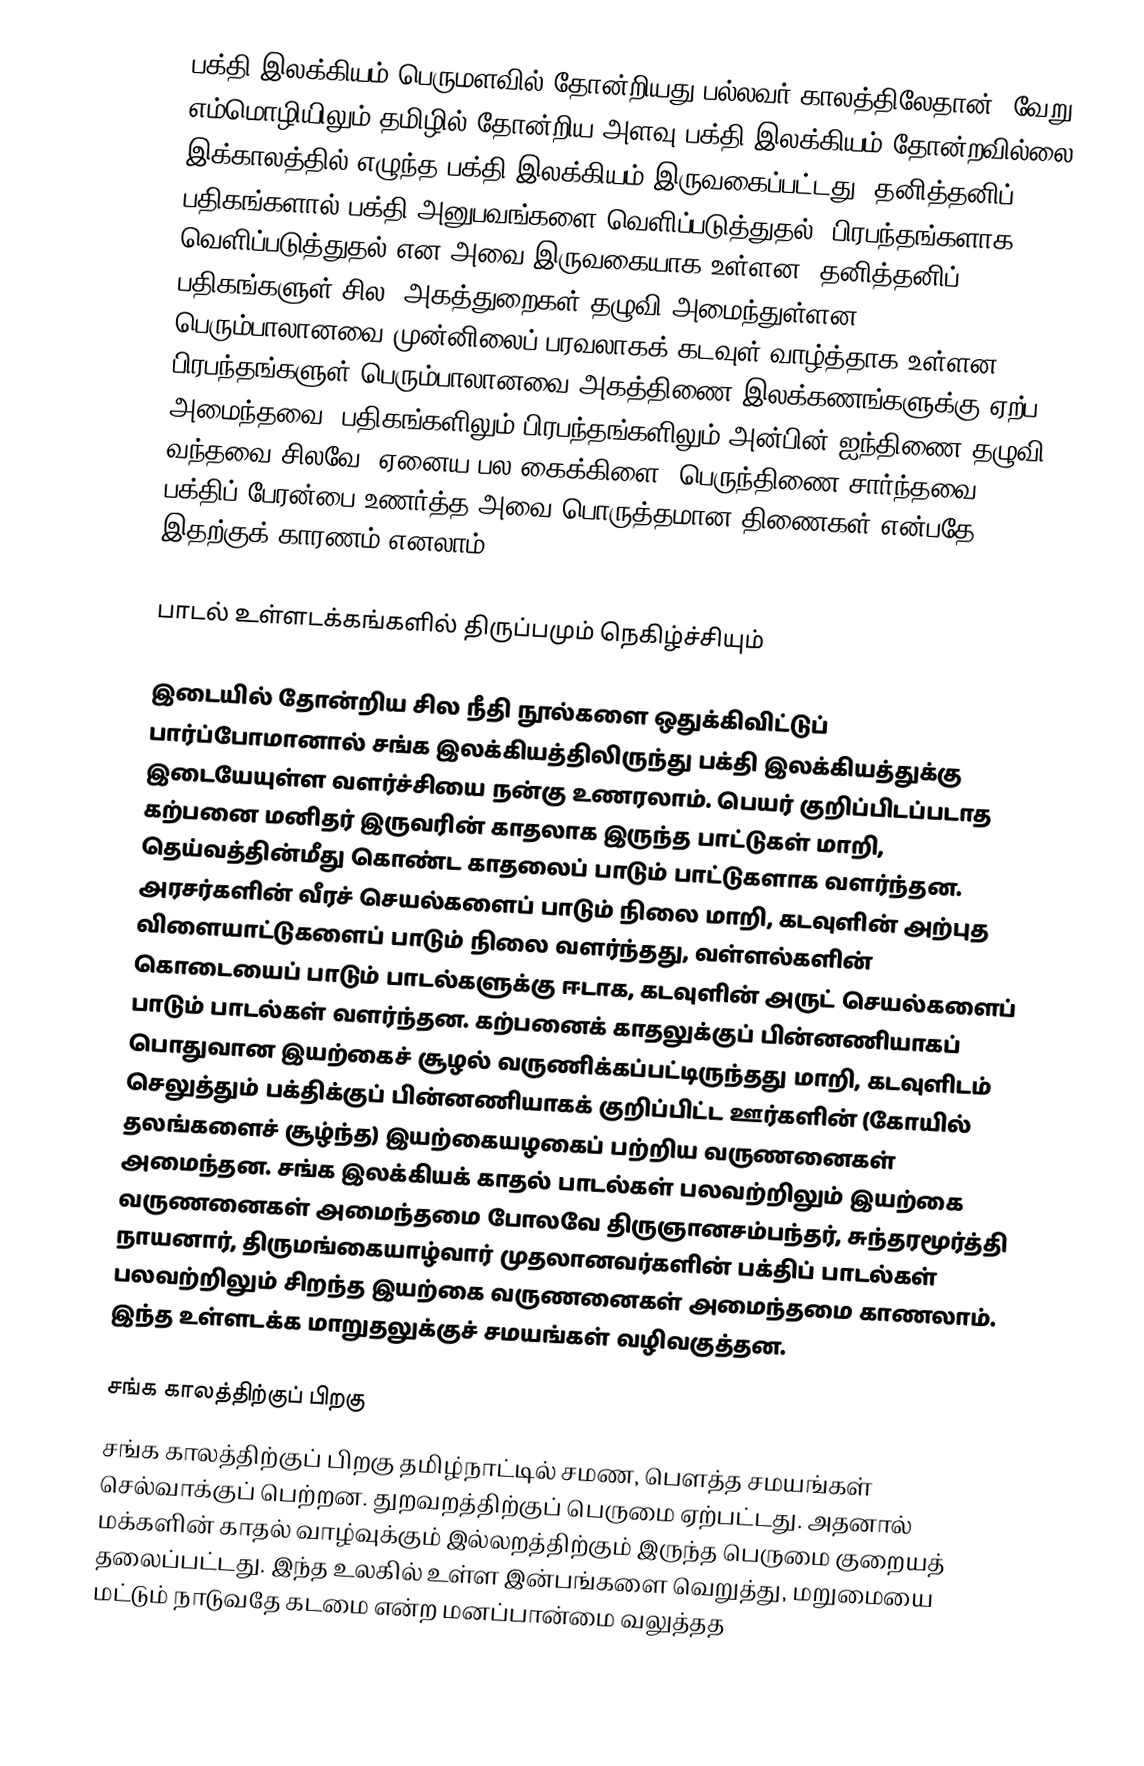
பக்தி இலக்கியம் பெருமளவில் தோன்றியது பல்லவர் காலத்திலேதான். வேறு எம்மொழியிலும் தமிழில் தோன்றிய அளவு பக்தி இலக்கியம் தோன்றவில்லை. இக்காலத்தில் எழுந்த பக்தி இலக்கியம் இருவகைப்பட்டது. தனித்தனிப் பதிகங்களால் பக்தி அனுபவங்களை வெளிப்படுத்துதல், பிரபந்தங்களாக வெளிப்படுத்துதல் என அவை இருவகையாக உள்ளன. தனித்தனிப் பதிகங்களுள் சில, அகத்துறைகள் தழுவி அமைந்துள்ளன. பெரும்பாலானவை முன்னிலைப் பரவலாகக் கடவுள் வாழ்த்தாக உள்ளன. பிரபந்தங்களுள் பெரும்பாலானவை அகத்திணை இலக்கணங்களுக்கு ஏற்ப அமைந்தவை. பதிகங்களிலும் பிரபந்தங்களிலும் அன்பின் ஐந்திணை தழுவி வந்தவை சிலவே. ஏனைய பல கைக்கிளை, பெருந்திணை சார்ந்தவை. பக்திப் பேரன்பை உணர்த்த அவை பொருத்தமான திணைகள் என்பதே இதற்குக் காரணம் எனலாம்.

பாடல் உள்ளடக்கங்களில் திருப்பமும் நெகிழ்ச்சியும்

இடையில் தோன்றிய சில நீதி நூல்களை ஒதுக்கிவிட்டுப் பார்ப்போமானால் சங்க இலக்கியத்திலிருந்து பக்தி இலக்கியத்துக்கு இடையேயுள்ள வளர்ச்சியை நன்கு உணரலாம். பெயர் குறிப்பிடப்படாத கற்பனை மனிதர் இருவரின் காதலாக இருந்த பாட்டுகள் மாறி, தெய்வத்தின்மீது கொண்ட காதலைப் பாடும் பாட்டுகளாக வளர்ந்தன. அரசர்களின் வீரச் செயல்களைப் பாடும் நிலை மாறி, கடவுளின் அற்புத விளையாட்டுகளைப் பாடும் நிலை வளர்ந்தது, வள்ளல்களின் கொடையைப் பாடும் பாடல்களுக்கு ஈடாக, கடவுளின் அருட் செயல்களைப் பாடும் பாடல்கள் வளர்ந்தன. கற்பனைக் காதலுக்குப் பின்னணியாகப் பொதுவான இயற்கைச் சூழல் வருணிக்கப்பட்டிருந்தது மாறி, கடவுளிடம் செலுத்தும் பக்திக்குப் பின்னணியாகக் குறிப்பிட்ட ஊர்களின் (கோயில் தலங்களைச் சூழ்ந்த) இயற்கையழகைப் பற்றிய வருணனைகள் அமைந்தன. சங்க இலக்கியக் காதல் பாடல்கள் பலவற்றிலும் இயற்கை வருணனைகள் அமைந்தமை போலவே திருஞானசம்பந்தர், சுந்தரமூர்த்தி நாயனார், திருமங்கையாழ்வார் முதலானவர்களின் பக்திப் பாடல்கள் பலவற்றிலும் சிறந்த இயற்கை வருணனைகள் அமைந்தமை காணலாம். இந்த உள்ளடக்க மாறுதலுக்குச் சமயங்கள் வழிவகுத்தன.

சங்க காலத்திற்குப் பிறகு
சங்க காலத்திற்குப் பிறகு தமிழ்நாட்டில் சமண, பௌத்த சமயங்கள் செல்வாக்குப் பெற்றன. துறவறத்திற்குப் பெருமை ஏற்பட்டது. அதனால் மக்களின் காதல் வாழ்வுக்கும் இல்லறத்திற்கும் இருந்த பெருமை குறையத் தலைப்பட்டது. இந்த உலகில் உள்ள இன்பங்களை வெறுத்து, மறுமையை மட்டும் நாடுவதே கடமை என்ற மனப்பான்மை வலுத்தத